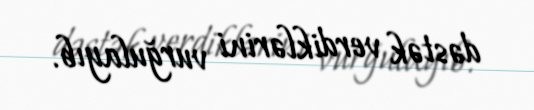
dəstək verdiklərini vurğulayıb.